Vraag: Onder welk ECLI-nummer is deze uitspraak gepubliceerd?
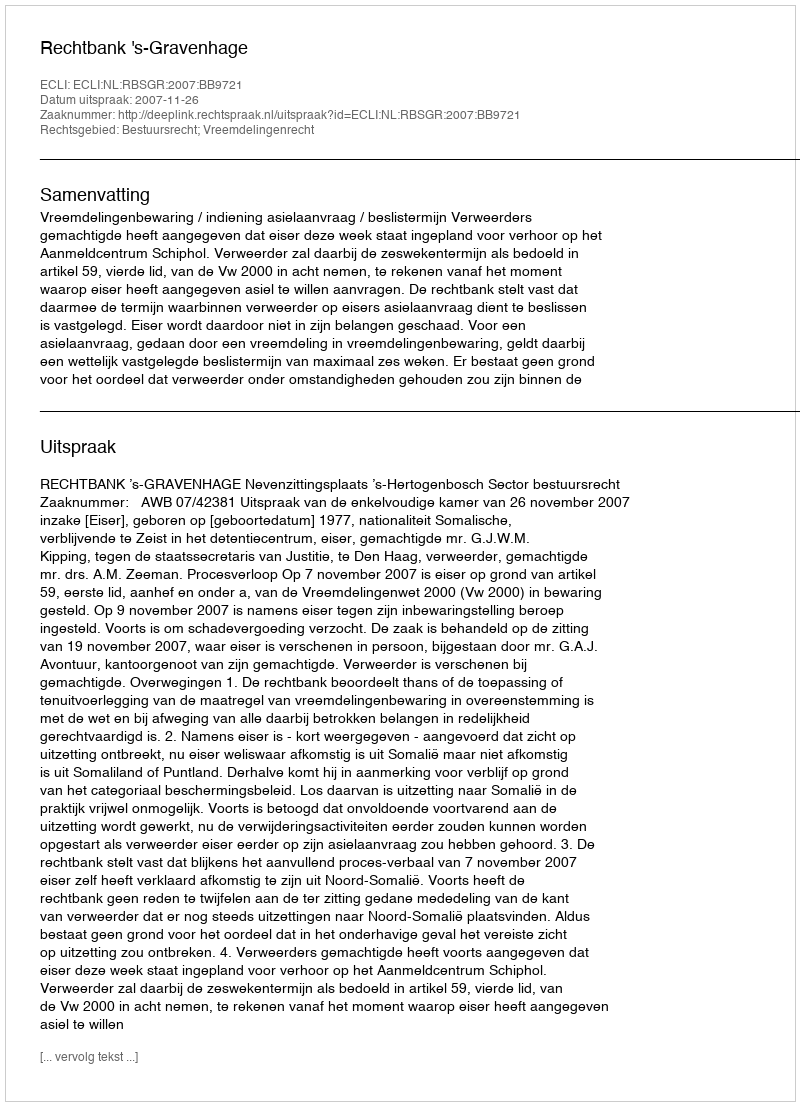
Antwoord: ECLI:NL:RBSGR:2007:BB9721